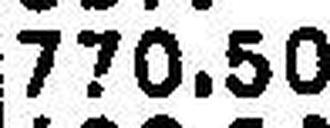
770.50